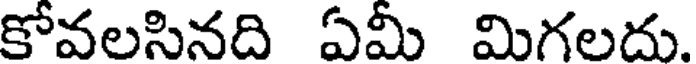
కోవలసినది ఏమీ మిగలదు.